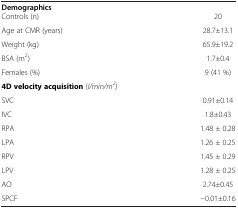
<table><thead><tr><td><b>Demographics</b></td><td><b> </b></td></tr></thead><tbody><tr><td>Controls (n)</td><td>20</td></tr><tr><td>Age at CMR (years)</td><td>28.7±13.1</td></tr><tr><td>Weight (kg)</td><td>65.9±19.2</td></tr><tr><td>BSA (m<sup>2</sup>)</td><td>1.7±0.4</td></tr><tr><td>Females (%)</td><td>9 (41 %)</td></tr><tr><td><b>4D velocity acquisition</b> (<i>l/min/m</i><sup><i>2</i></sup><i>)</i></td><td> </td></tr><tr><td>SVC</td><td>0.91±0.14</td></tr><tr><td>IVC</td><td>1.8±0.43</td></tr><tr><td>RPA</td><td>1.48 ± 0.28</td></tr><tr><td>LPA</td><td>1.26 ± 0.25</td></tr><tr><td>RPV</td><td>1.45 ± 0.29</td></tr><tr><td>LPV</td><td>1.28 ± 0.25</td></tr><tr><td>AO</td><td>2.74±0.45</td></tr><tr><td>SPCF</td><td>−0.01±0.16</td></tr></tbody></table>